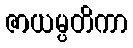
ဇာယမ္ပတိကာ